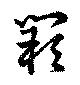
闕